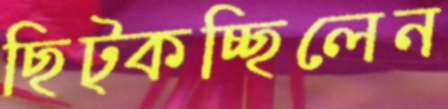
ছিট্‌কচ্ছিলেন